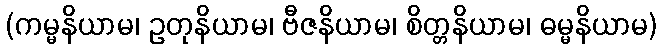
(ကမ္မနိယာမ၊ ဥတုနိယာမ၊ ဗီဇနိယာမ၊ စိတ္တနိယာမ၊ ဓမ္မနိယာမ)